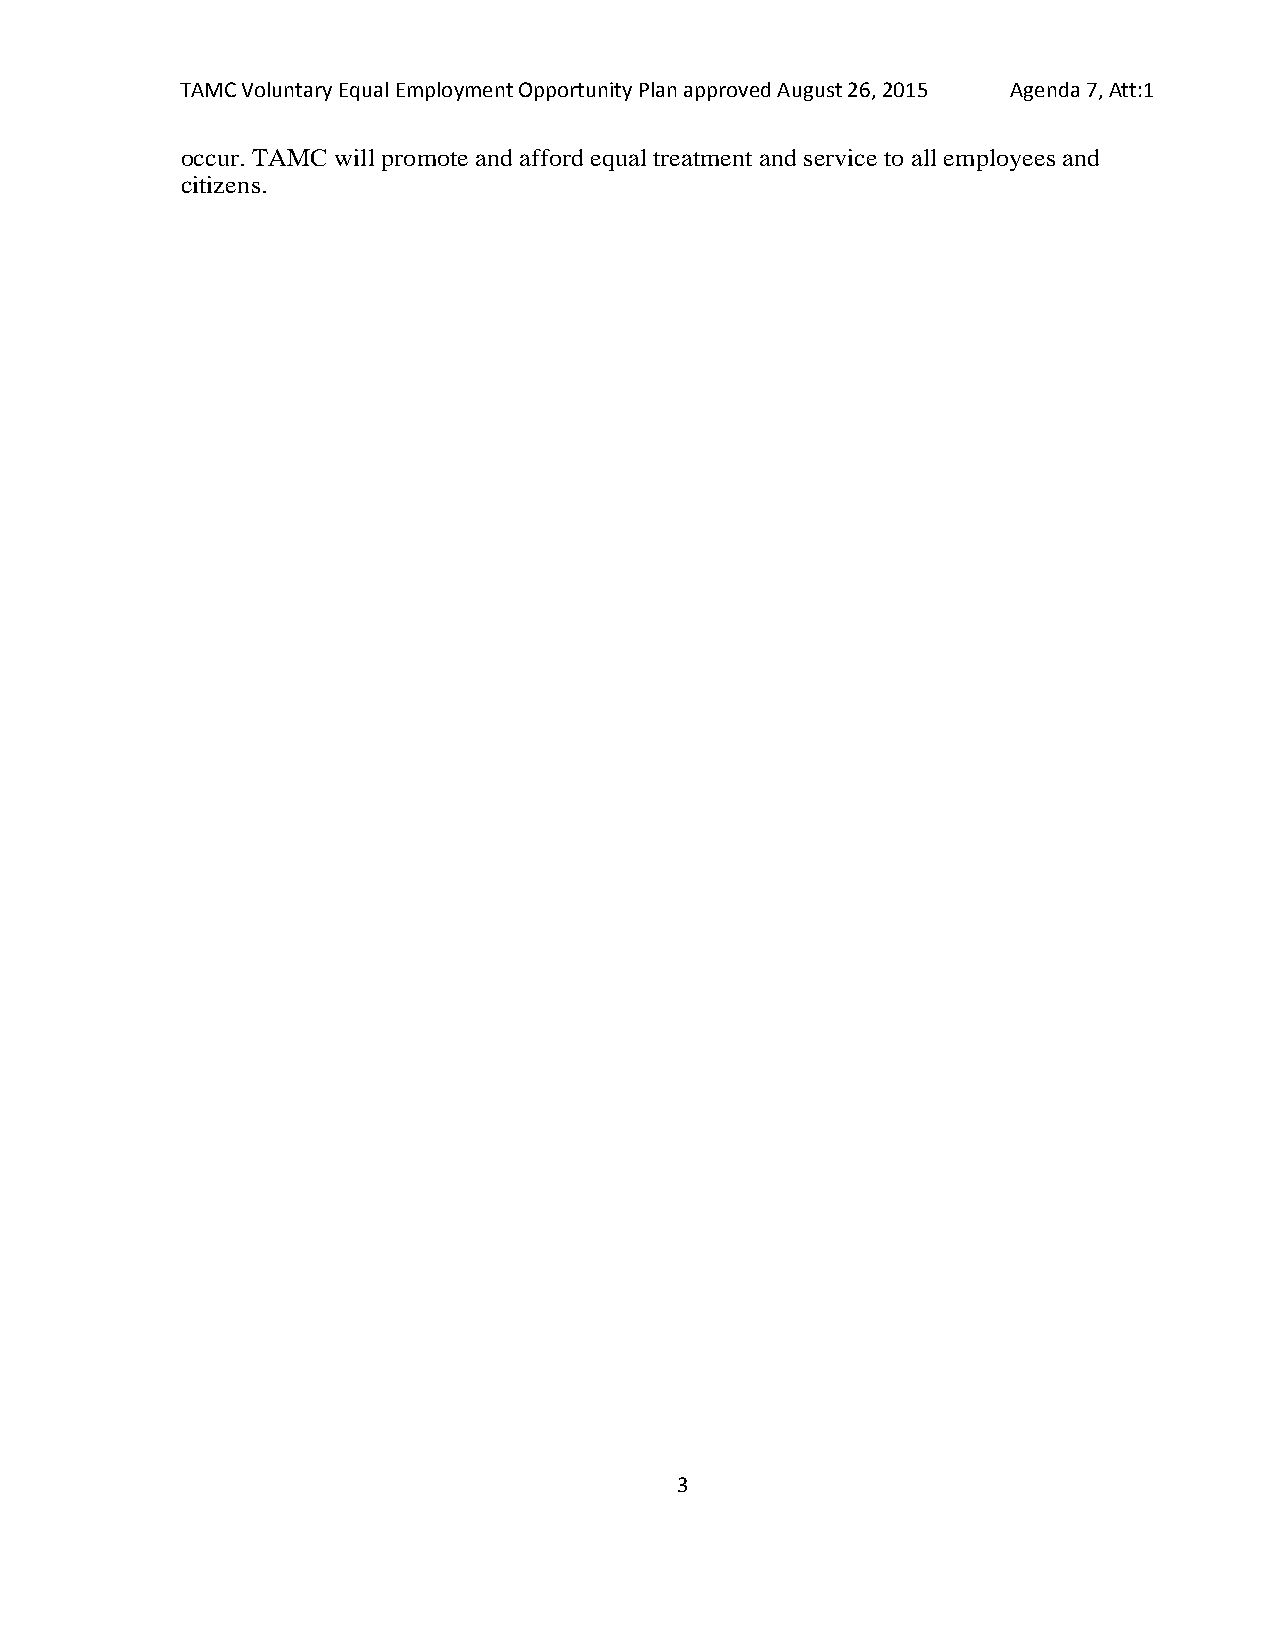
TAMC Voluntary Equal Employment Opportunity Plan approved August 26, 2015 Agenda 7, Att:1
 occur. TAMC will promote and afford equal treatment and service to all employees and
 citizens.
 3